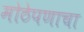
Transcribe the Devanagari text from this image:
मोठेपणाचा